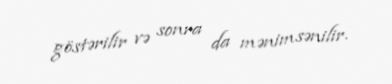
göstərilir və sonra da mənimsənilir.